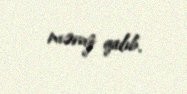
məruz qalıb.